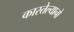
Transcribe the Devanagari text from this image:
कास्तेल्यानो